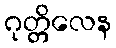
ဂုတ္တိလေန